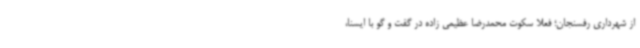
از شهرداری رفسنجان؛ فعلا سکوت محمدرضا عظیمی زاده در گفت و گو با ایسنا،